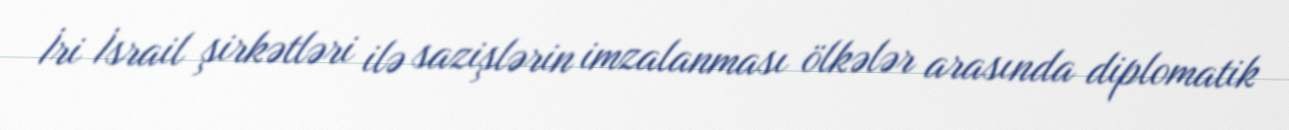
İri İsrail şirkətləri ilə sazişlərin imzalanması ölkələr arasında diplomatik